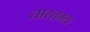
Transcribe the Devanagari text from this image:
तारतम्‍य